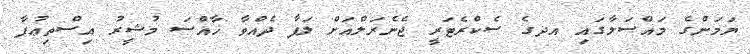
ޔަމަންގެ މައްސަލާގައި އދގެ ސެކްރެޓަރީ ޖެނެރަލްއަށް ލަފާ ދެއްވާ ޚާއްސަ މުޝީރު އިސްތިޢުފާ